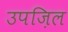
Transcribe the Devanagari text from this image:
उपज़िल